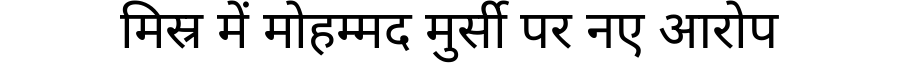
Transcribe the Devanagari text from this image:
मिस्र में मोहम्मद मुर्सी पर नए आरोप